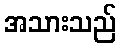
အသားသည်